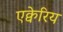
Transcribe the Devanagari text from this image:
एक्वेरिय